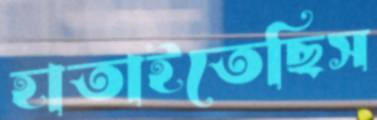
হাতাইতেছিস